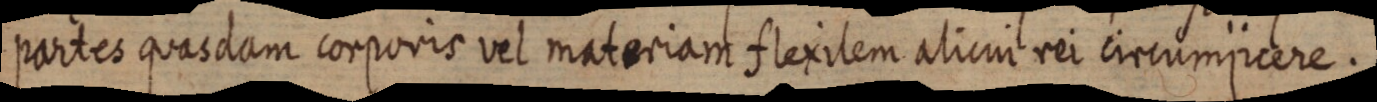
partes quasdam corporis vel materiam flexilem alicui rei circumjicere.